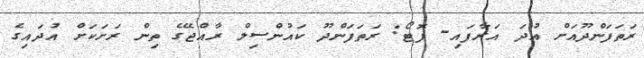
ރަތަފަންދޫއަށް އުދަ އަރާފައި- ފޮޓޯ: ރަތަފަންދޫ ކައުންސިލް ރާއްޖޭގެ ތިން ރަށަކަށް އުދައިގެ